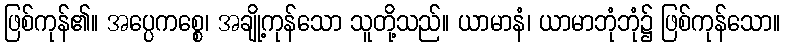
ဖြစ်ကုန်၏။ အပ္ပေကစ္စေ၊ အချို့ကုန်သော သူတို့သည်။ ယာမာနံ၊ ယာမာဘုံဘုံ၌ ဖြစ်ကုန်သော။